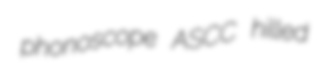
phonoscope ASCC hilled